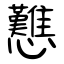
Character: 戁